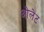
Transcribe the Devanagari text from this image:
ओलेट